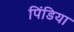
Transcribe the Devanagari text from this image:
पिंडिया